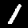
Label: 1